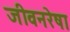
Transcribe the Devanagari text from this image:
जीवनरेषा